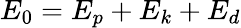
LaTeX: E_{0}=E_{p}+E_{k}+E_{d}